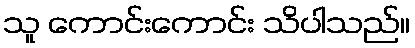
သူ ကောင်းကောင်း သိပါသည်။